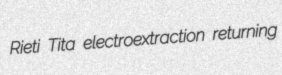
Rieti Tita electroextraction returning